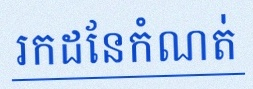
រកដែនកំណត់